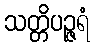
သတ္တိပဉ္ဇရံ